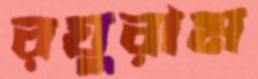
রঘুরাম